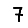
Digit: 7